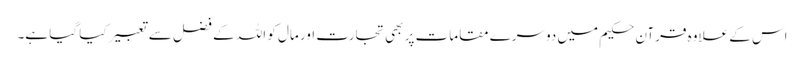
اس کے علاوہ قرآنِ حکیم میں دوسرے مقامات پر بھی تجارت اور مال کو اللہ کے فضل سے تعبیر کیا گیا ہے۔